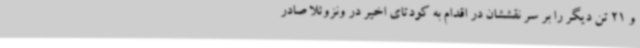
و 21 تن دیگر را بر سر نقششان در اقدام به کودتای اخیر در ونزوئلا صادر